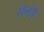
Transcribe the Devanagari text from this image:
किनोड़ी